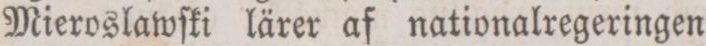
Mieroslawſki lärer af nationalregeringen